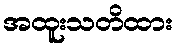
အထူးသတိထား